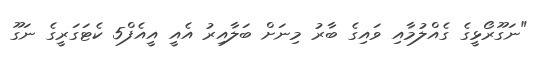
"ނަގޫރޯޅީގެ ގެއްލުމާއި ވައިގެ ބާރު މިނަށް ބަލާއިރު އެއީ އީއެފް5 ކެޓަގަރީގެ ނަގޫ